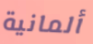
ألمانية